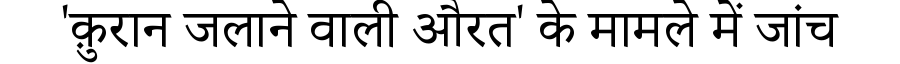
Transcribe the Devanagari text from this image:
'क़ुरान जलाने वाली औरत' के मामले में जांच